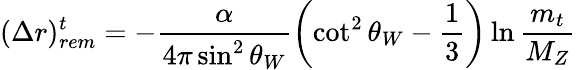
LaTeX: (\Delta r)_{rem}^{t}=-\frac{\alpha}{4\pi\sin^{2}\theta_{W}}\left(\cot^{2}\theta_{W}-\frac{1}{3}\right)\ln{\frac{m_{t}}{M_{Z}}}